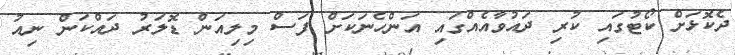
ދެކޮޅަށް ކޯޓުގައި ކުރި ދައުވާއެއްގައި އަންހެނަކަށް ފަސް މިލިއަން ޑޮލަރު ދައްކަން ނިއު